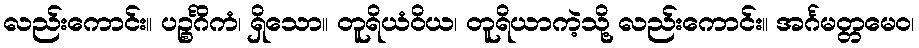
လည်းကောင်း။ ပဉ္စင်္ဂိကံ၊ ရှိသော။ တူရိယံဝိယ၊ တူရိယာကဲ့သို့ လည်းကောင်း။ အင်္ဂမတ္တမေဝ၊